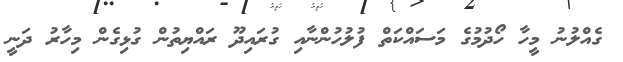
ގެއްލުނު މީހާ ހޯދުމުގެ މަސައްކަތް ފުލުހުންނާއި ގުރައިދޫ ރައްޔިތުން ގުޅިގެން މިހާރު ދަނީ